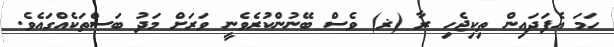
ހަމަ އެފަދައިން ތިކިޖެހި ރާ (ޜ) ވެސް ބޭނުންކުރެވެނީ ވަރަށް މަދު ބަސްތަކެއްގައެވެ.